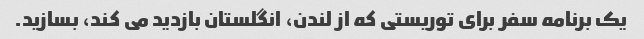
یک برنامه سفر برای توریستی که از لندن، انگلستان بازدید می کند، بسازید.